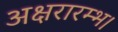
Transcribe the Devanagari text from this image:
अक्षरारम्भ।